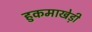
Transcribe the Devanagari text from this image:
हुकमाखेड़ी